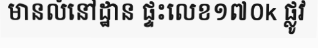
មានលំនៅដ្ឋាន ផ្ទះលេខ១៧០k ផ្លូវ